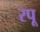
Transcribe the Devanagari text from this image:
रपू